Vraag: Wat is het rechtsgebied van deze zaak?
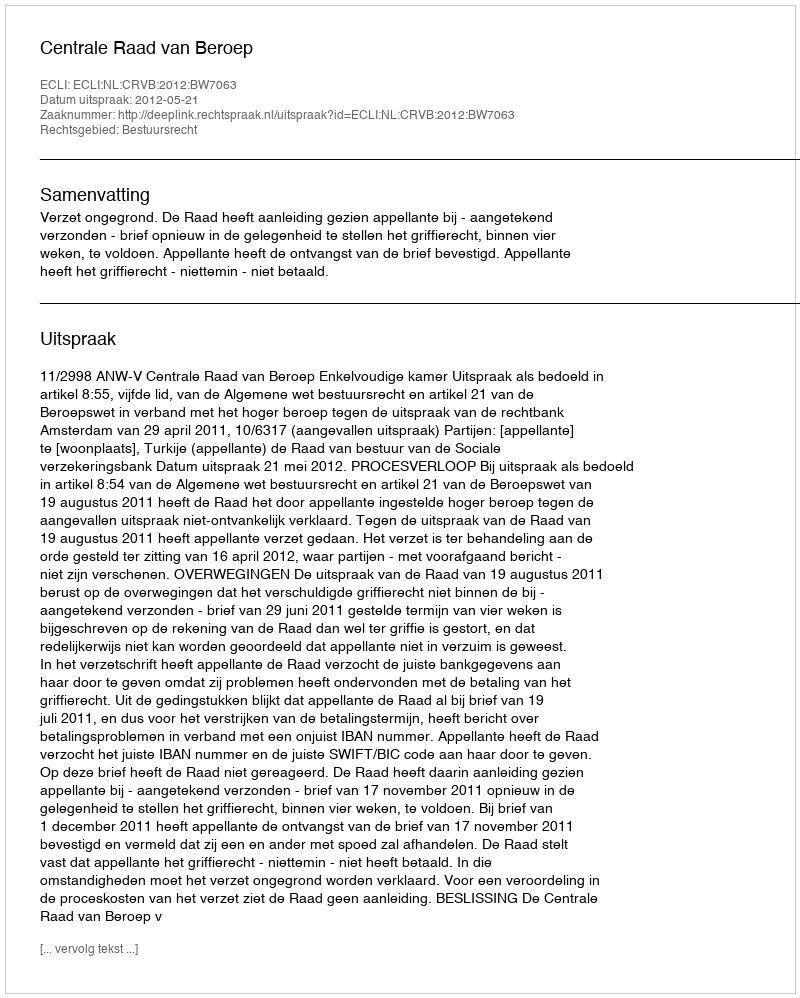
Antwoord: Bestuursrecht